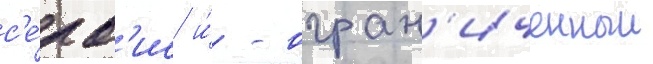
с'е́рв'ис и́ - огран'иченныи